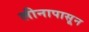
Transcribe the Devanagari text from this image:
लीनापासून